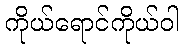
ကိုယ်ရောင်ကိုယ်ဝါ